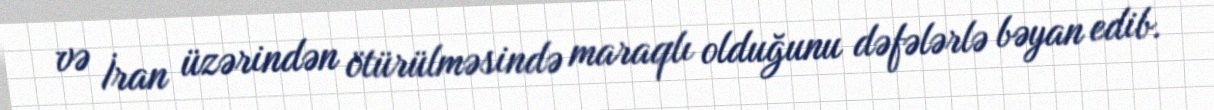
və İran üzərindən ötürülməsində maraqlı olduğunu dəfələrlə bəyan edib.